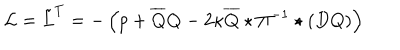
LaTeX: { \cal L } = \tilde { L } ^ { T } = - \left( p + \overline { { { Q } } } Q - 2 \kappa \overline { { { Q } } } \star \Pi ^ { - 1 } \star ( D Q ) \right)